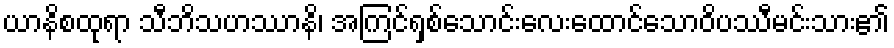
ယာနိစထုရာ သီဘိသဟဿာနိ၊ အကြင်ရှစ်သောင်းလေးထောင်သောဝိပဿီမင်းသား၏